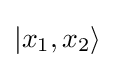
\left|x_{1},x_{2}\right\rangle